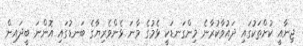
ޖިނާއީ ކުށްތަކުގައި ދައުވާކުރާނެ މިންގަނޑަކީ ޅެމުގެ މާނަ ޅެންވެރިޔާގެ ބަނޑުގައި އޮންނަ ބީދައިން